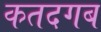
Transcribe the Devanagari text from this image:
कतदगब